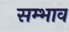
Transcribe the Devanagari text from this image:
सम्भाव